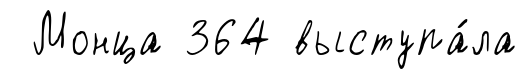
Монца 364 выступа́ла